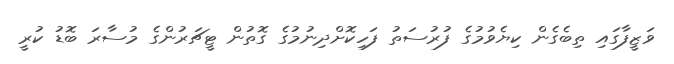
ވަޒީފާގައި ތިބެގެން ކިޔެވުމުގެ ފުރުސަތު ފަހިކޮށްދިނުމުގެ ގޮތުން ޓީޗަރުންގެ މުސާރަ ބޮޑު ކުރީ